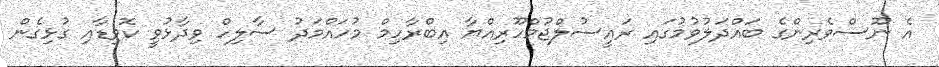
އެ ނޫސްވެރިންގެ ބައްދަލުވުމުގައި ރައީސުލްޖުމްހޫރިއްޔާ އިބްރާހިމް މުހައްމަދު ސާލިހް ވިދާޅުވީ ކޮވިޑާއި ގުޅިގެން